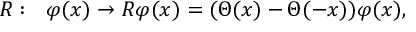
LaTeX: { \cal R } : \ \ \varphi ( x ) \rightarrow { \cal R } \varphi ( x ) = ( \Theta ( x ) - \Theta ( - x ) ) \varphi ( x ) ,